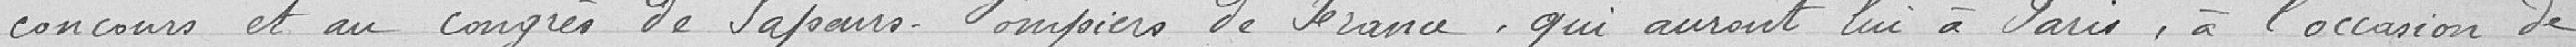
concours et au congrès de Sapeurs Pompiers de France, qui auront lieu à Paris à l'occasion de